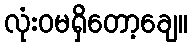
လုံးဝမရှိတော့ချေ။